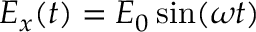
E _ { x } ( t ) = { E _ { 0 } } \sin ( \omega t )